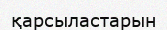
қарсыластарын